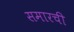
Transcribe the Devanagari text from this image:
समारची